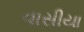
વાસીયા